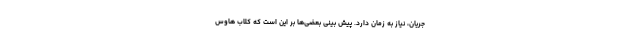
جریان، نیاز به زمان دارد. پیش بینی بعضی‌ها بر این است که کلاب هاوس